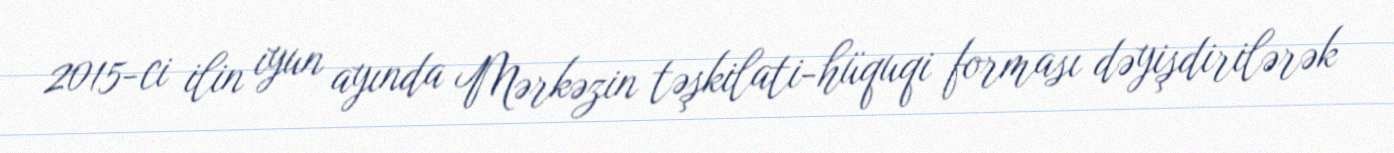
2015-ci ilin iyun ayında Mərkəzin təşkilati-hüquqi forması dəyişdirilərək